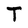
Character: T